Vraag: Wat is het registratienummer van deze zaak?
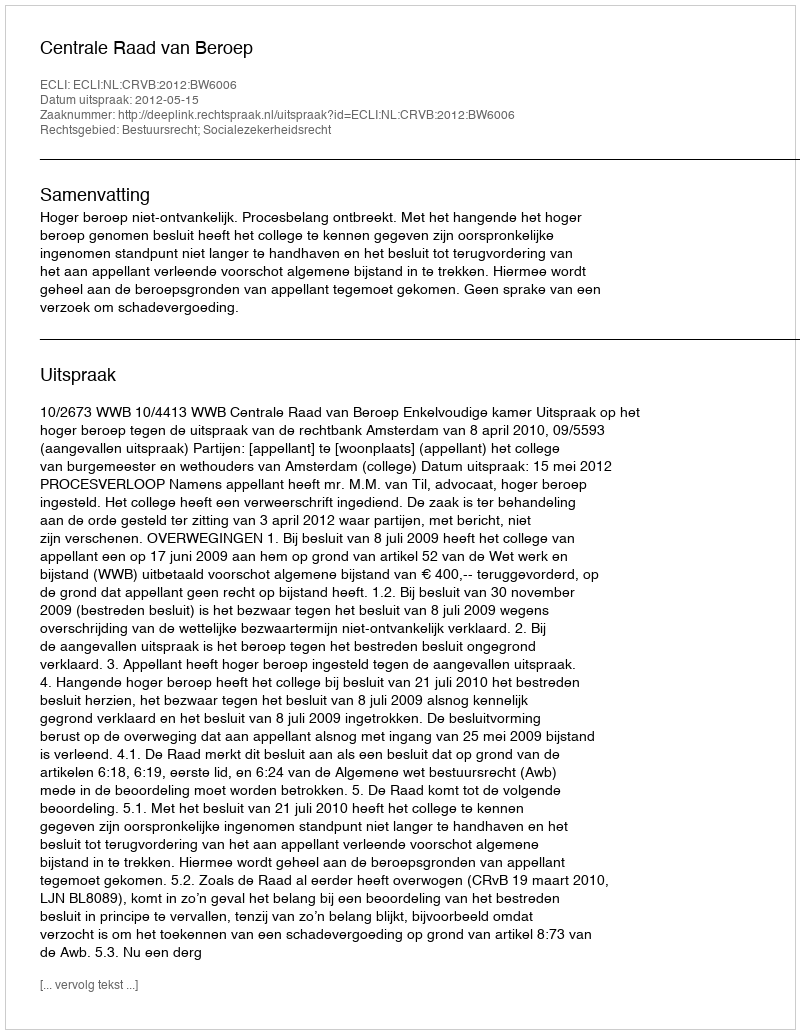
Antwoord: http://deeplink.rechtspraak.nl/uitspraak?id=ECLI:NL:CRVB:2012:BW6006